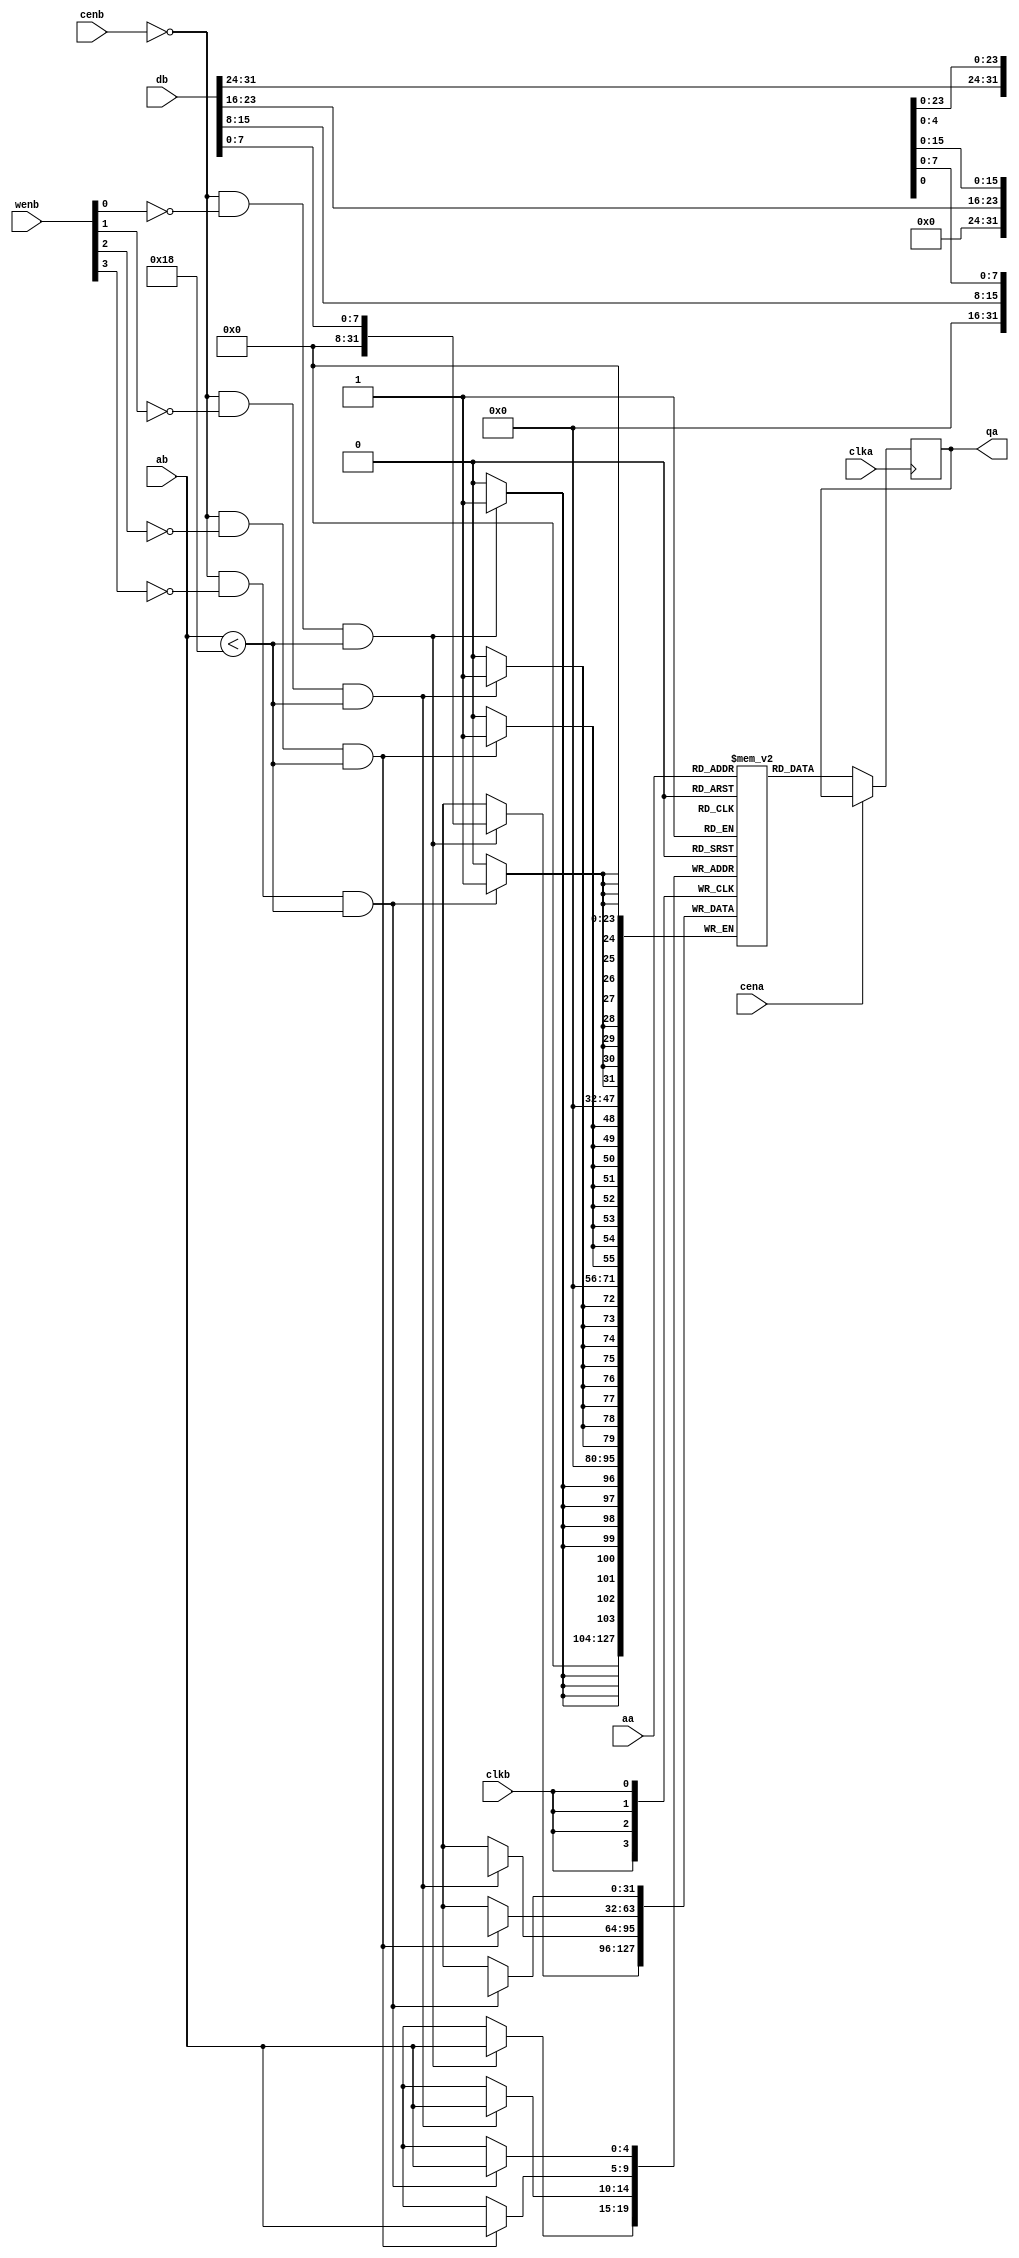
// Copyright (c) 2018  Lulinchen, All Rights Reserved
// AUTHOR'S EMAIL : lulinchen@aliyun.com 
// Release history
// VERSION Date AUTHOR DESCRIPTION

module bhv_1w1r_sram_wp #
	(
	parameter  WWORD = 32,
	parameter  WADDR =  5,
	parameter  DEPTH = 24,
	parameter  WP = 8
	)
	(
	input						clka,
	output reg		[WWORD-1:0]	qa,
	input			[WADDR-1:0]	aa,
	input						cena,
	input						clkb,
	input			[WWORD-1:0]	db,
	input			[WADDR-1:0]	ab,
	input			[WWORD/WP-1:0]wenb,
	input						cenb
	);
	reg				[WWORD-1:0]	mem[0:((1<<WADDR)-1)];
	always @(posedge clka) if (!cena) qa <= #0.5 mem[aa];
	genvar i;
	generate	
		for (i=0; i<WWORD/WP; i=i+1) begin
			always @(posedge clkb) if (!cenb && !wenb[i] && ab < DEPTH) mem[ab][WP*i +:WP] <= #0.5 db[ WP*i +:WP];
		end
	endgenerate
endmodule